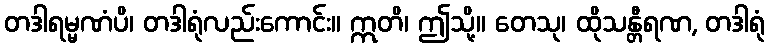
တဒါရမ္မဏံပိ၊ တဒါရုံလည်းကောင်း။ ဣတိ၊ ဤသို့။ တေသု၊ ထိုသန္တီရဏ, တဒါရုံ